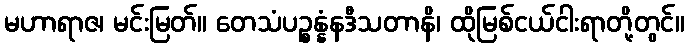
မဟာရာဇ၊ မင်းမြတ်။ တေသံပဉ္စန္နံနဒီသတာနိ၊ ထိုမြစ်ငယ်ငါးရာတို့တွင်။